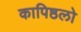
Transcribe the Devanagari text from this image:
कापिष्ठलो